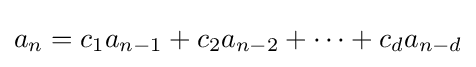
a_{n}=c_{1}a_{n-1}+c_{2}a_{n-2}+\cdots +c_{d}a_{n-d}